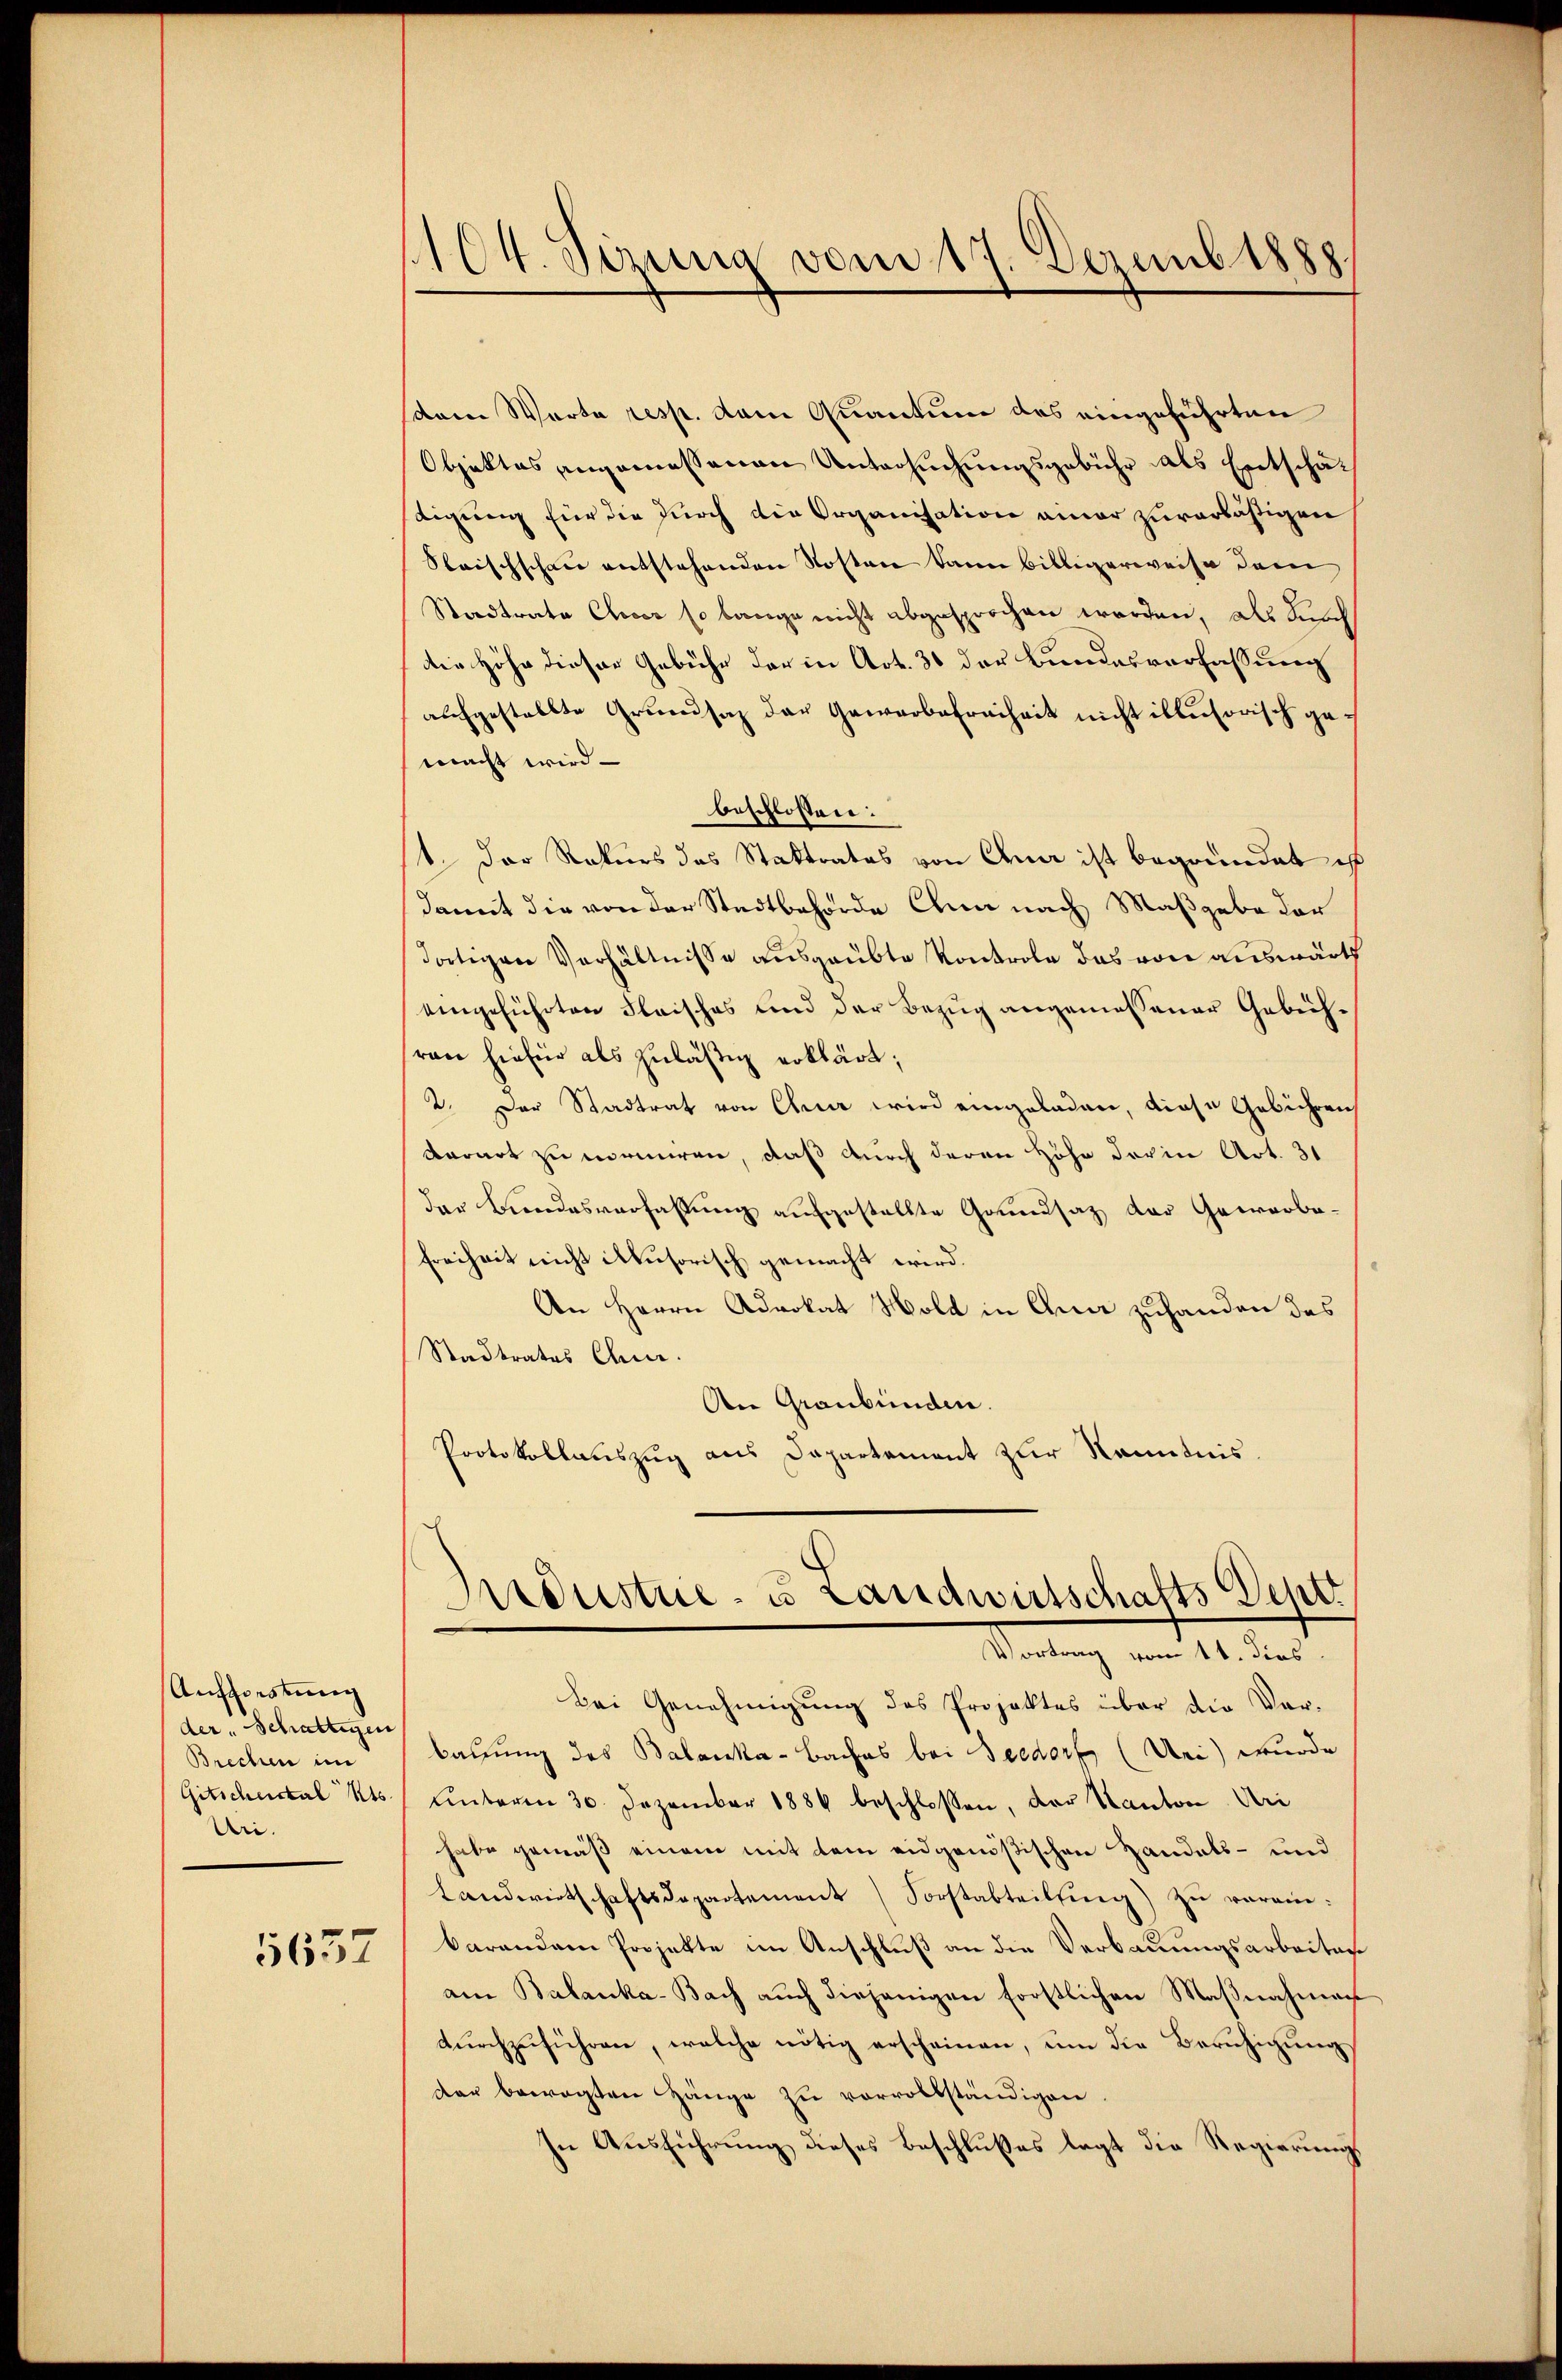
Anschwestung
der „Schattigen
Brechen im
Gitscheickal Kts.
Uri.

5637

1104. Sizung vom 17. Dezembt88

sdem Warte resp. dem Quantum das eingeführten
Objektes angemessenen Untersuchungsgebühr als Entschädigung für die durch die Organisation einer zuverläßigen
Klaischschau entstehenden Kosten kann billigerweise dem
Stadtrate Clever so bange nicht abgesprochen worden, als durch
die Höhe dieser Gebühr der in Art. 31 der Bundesverfassung
aufgestellte Grundsaz der Gewerbefreiheit nicht illusorisch ge
macht wird
beschlossen:
1. Der Rekurs das Staktrates von Chur ist begründet ist
damit die von der Stadtbehörde ihn nach Maßgabe der
dortigen Verhältnisse ausgaubte Kontrole das von auswärts
eingeführten Fleisches und der Bezug angemessener Gebühran hiefür als zuläßig erklärt;
2. Der Stadtrat von Chur wird eingeladen, diese Gebühren
derart zu normiren, daß durch deren Höhe der in Art. 31
der Bundesverfassung aufgestellte Grundsatz der Gewerbe¬
Freiheit nicht iusorisch gemacht wird.
An Herrn Advokat Hold in Gna zuhanden das
Stadtrates Quar.
Die Graubünden.
Protokollauszug aus Dapartement zur Kenntnis

Bei Genehmigung des Projektes über die Verbauung des Balanka-Baches bei Seedorf (Uri) wurde
ŭnteren 30. Dezember 1886 beschlossen, der Kanton Uri
habe gemäß einem mit dem eidgenößischen Handels- und
Landwirtschaftsdepartement Forstabteilung) zu verein:
barendem Projekte im Anschluß an die Verbauungsarbeiten
am Balanka-Bach auch diejenigen förstlichen Maßnahmach
dŭrchzŭführen, welche nötig erscheinen, um die Beruhigung
der bewegten Hänge zu vervollständigen
In Ausführung dieses Beschlußes legt die Regierung

Industrie- u Landwirtschafts Dent
Vortrag vom 11. dies